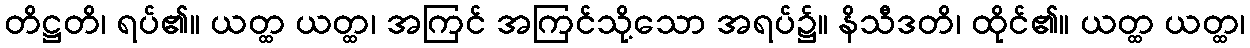
တိဋ္ဌတိ၊ ရပ်၏။ ယတ္ထ ယတ္ထ၊ အကြင် အကြင်သို့သော အရပ်၌။ နိသီဒတိ၊ ထိုင်၏။ ယတ္ထ ယတ္ထ၊